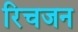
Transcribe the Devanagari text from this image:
रिचजन